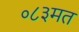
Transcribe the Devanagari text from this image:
०८३मत